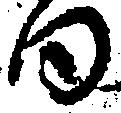
同